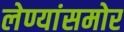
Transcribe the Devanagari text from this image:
लेण्यांसमोर